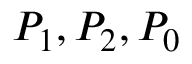
P _ { 1 } , P _ { 2 } , P _ { 0 }